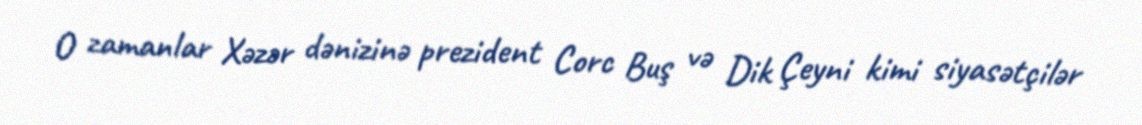
O zamanlar Xəzər dənizinə prezident Corc Buş və Dik Çeyni kimi siyasətçilər